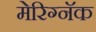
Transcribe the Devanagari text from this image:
मेरिग्नॅक